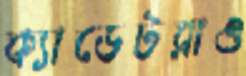
ক্যাডেটরাও